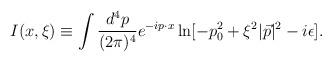
LaTeX: \begin{align*}I(x,\xi)\equiv\int\frac{d^{4}p}{(2\pi)^4}e^{-ip\cdot x}\ln[-p_{0}^{2}+\xi^{2}|\vec{p}|^2-i\epsilon].\end{align*}